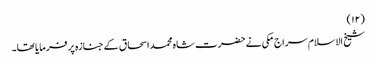
(۱۲)
شیخ الاسلام سراج مکی نے حضرت شاہ محمد اسحاق کے جنازہ پر فرمایا تھا۔